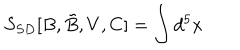
S _ { S D } [ B , \tilde { B } , V , C ] = \int d ^ { 5 } x